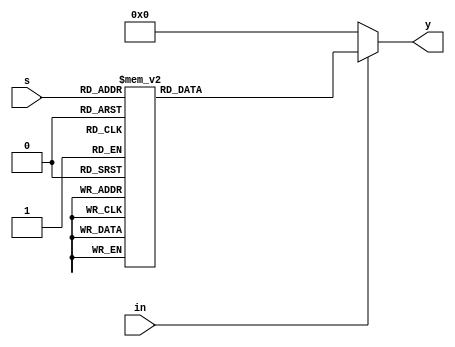
module always_1_8demux(in,s,y);
input in;
input [2:0] s;
output [7:0] y;
reg y;

always @ (s or in)
begin
if(in == 0)
      y = 8'b0;
else
case(s)
0 :      y = 8'b00000001;
1 :      y = 8'b00000010;
2 :      y = 8'b00000100;
3 :      y = 8'b00001000;
4 :      y = 8'b00010000;
5 :      y = 8'b00100000;
6 :      y = 8'b01000000;
7 :      y = 8'b10000000;

endcase
end
endmodule